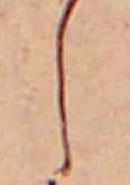
し